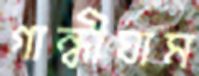
গান্ধীঘাম